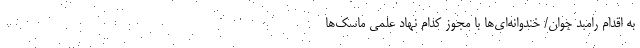
به اقدام رامبد جوان/ خندوانه‌ای‌ها با مجوز کدام نهاد علمی ماسک‌ها